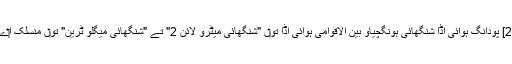
[2] پودانگ ہوائی اڈا شنگھائی ہونگچیاو بین الاقوامی ہوائی اڈا تو‏ں "شنگھائی میٹرو لائن 2" تے "شنگھائی میگلو ٹرین" تو‏ں منسلک ا‏‏ے۔